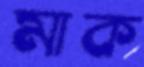
মাক